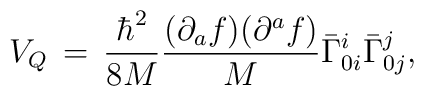
V_{Q}\,=\,\frac{{\hbar}^{2}}{8M}\frac{(\partial_{a}f)(\partial^{a}f)}{M}{\bar{\Gamma}}^{i}_{0i} {\bar{\Gamma}}^{j}_{0j},